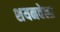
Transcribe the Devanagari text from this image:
शयनवेला